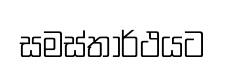
සමස්තාර්ථයට